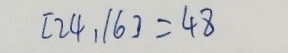
[ 2 4 , 1 6 ] = 4 8